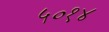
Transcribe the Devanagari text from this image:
५०१४